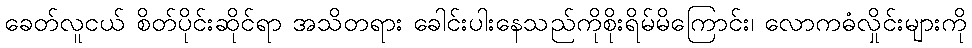
ခေတ်လူငယ် စိတ်ပိုင်းဆိုင်ရာ အသိတရား ခေါင်းပါးနေသည်ကိုစိုးရိမ်မိကြောင်း၊ လောကဓံလှိုင်းများကို